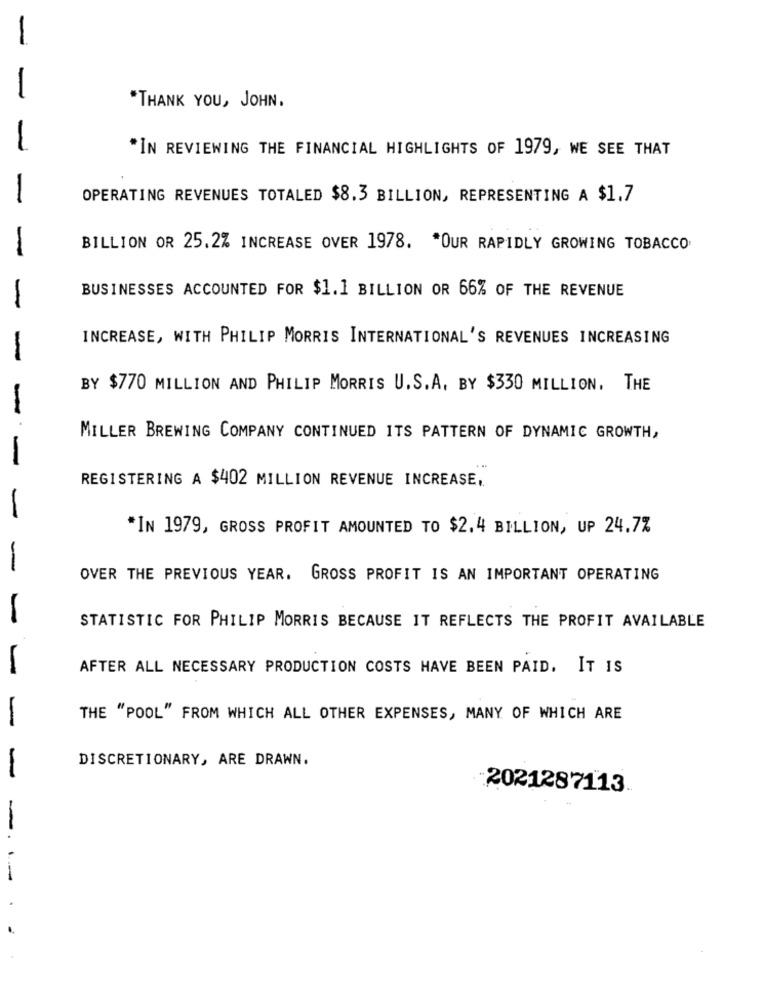
-
-
*THANK YOU, JOHN.
*IN REVIEWING THE FINANCIAL HIGHLIGHTS OF 1979, WE SEE THAT
OPERATING REVENUES TOTALED $8.3 BILLION, REPRESENTING A $1.7
BILLION OR 25.2% INCREASE OVER 1978. "OUR RAPIDLY GROWING TOBACCO
-
BUSINESSES ACCOUNTED FOR $1.1 BILLION OR 66% OF THE REVENUE
-
INCREASE, WITH PHILIP MORRIS INTERNATIONAL'S REVENUES INCREASING
BY $770 MILLION AND PHILIP MORRIS U.S.A. BY $330 MILLION, THE
-
MILLER BREWING COMPANY CONTINUED ITS PATTERN OF DYNAMIC GROWTH,
-
REGISTERING A $402 MILLION REVENUE INCREASE,
*IN 1979, GROSS PROFIT AMOUNTED TO $2.4 BILLION, UP 24.7%
-
OVER THE PREVIOUS YEAR. GROSS PROFIT IS AN IMPORTANT OPERATING
STATISTIC FOR PHILIP MORRIS BECAUSE IT REFLECTS THE PROFIT AVAILABLE
AFTER ALL NECESSARY PRODUCTION COSTS HAVE BEEN PAID. IT IS
THE "POOL" FROM WHICH ALL OTHER EXPENSES, MANY OF WHICH ARE
DISCRETIONARY, ARE DRAWN.
-
:2021287113.